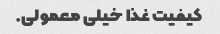
کیفیت غذا خیلی معمولی.